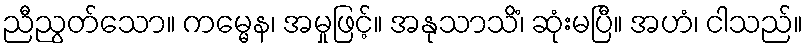
ညီညွတ်သော။ ကမ္မေန၊ အမှုဖြင့်။ အနုသာသိံ၊ ဆုံးမပြီ။ အဟံ၊ ငါသည်။